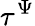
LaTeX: \tau^{\Psi}